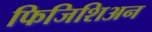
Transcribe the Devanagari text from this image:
फिजिशिअन